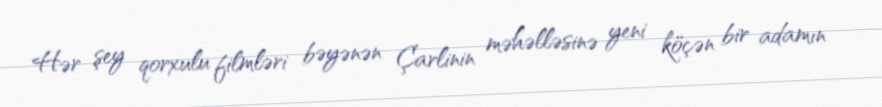
Hər şey qorxulu filmləri bəyənən Çarlinin məhəlləsinə yeni köçən bir adamın